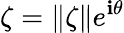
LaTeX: {\zeta=\| \zeta\| e^{\mathbf{i}\theta}}